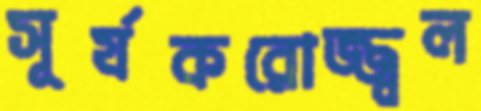
সূর্যকরোজ্জ্বল